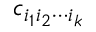
c _ { i _ { 1 } i _ { 2 } \cdots i _ { k } }